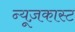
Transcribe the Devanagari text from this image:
न्यूज़कास्ट